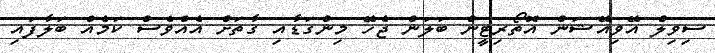
ސިވިލް އޭވިއޭޝަން އޮތޯރިޓީން ބަލަން ޖެހޭ މިންގަޑާއި ގާތަށް އެއްވެސް ކަމެެއް ބަލާފައި